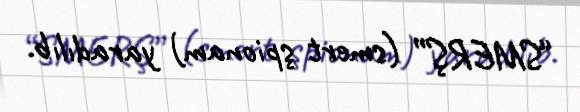
“SMERŞ” (smert şpionam) yaradılıb.